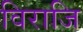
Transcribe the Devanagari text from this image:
विराजि